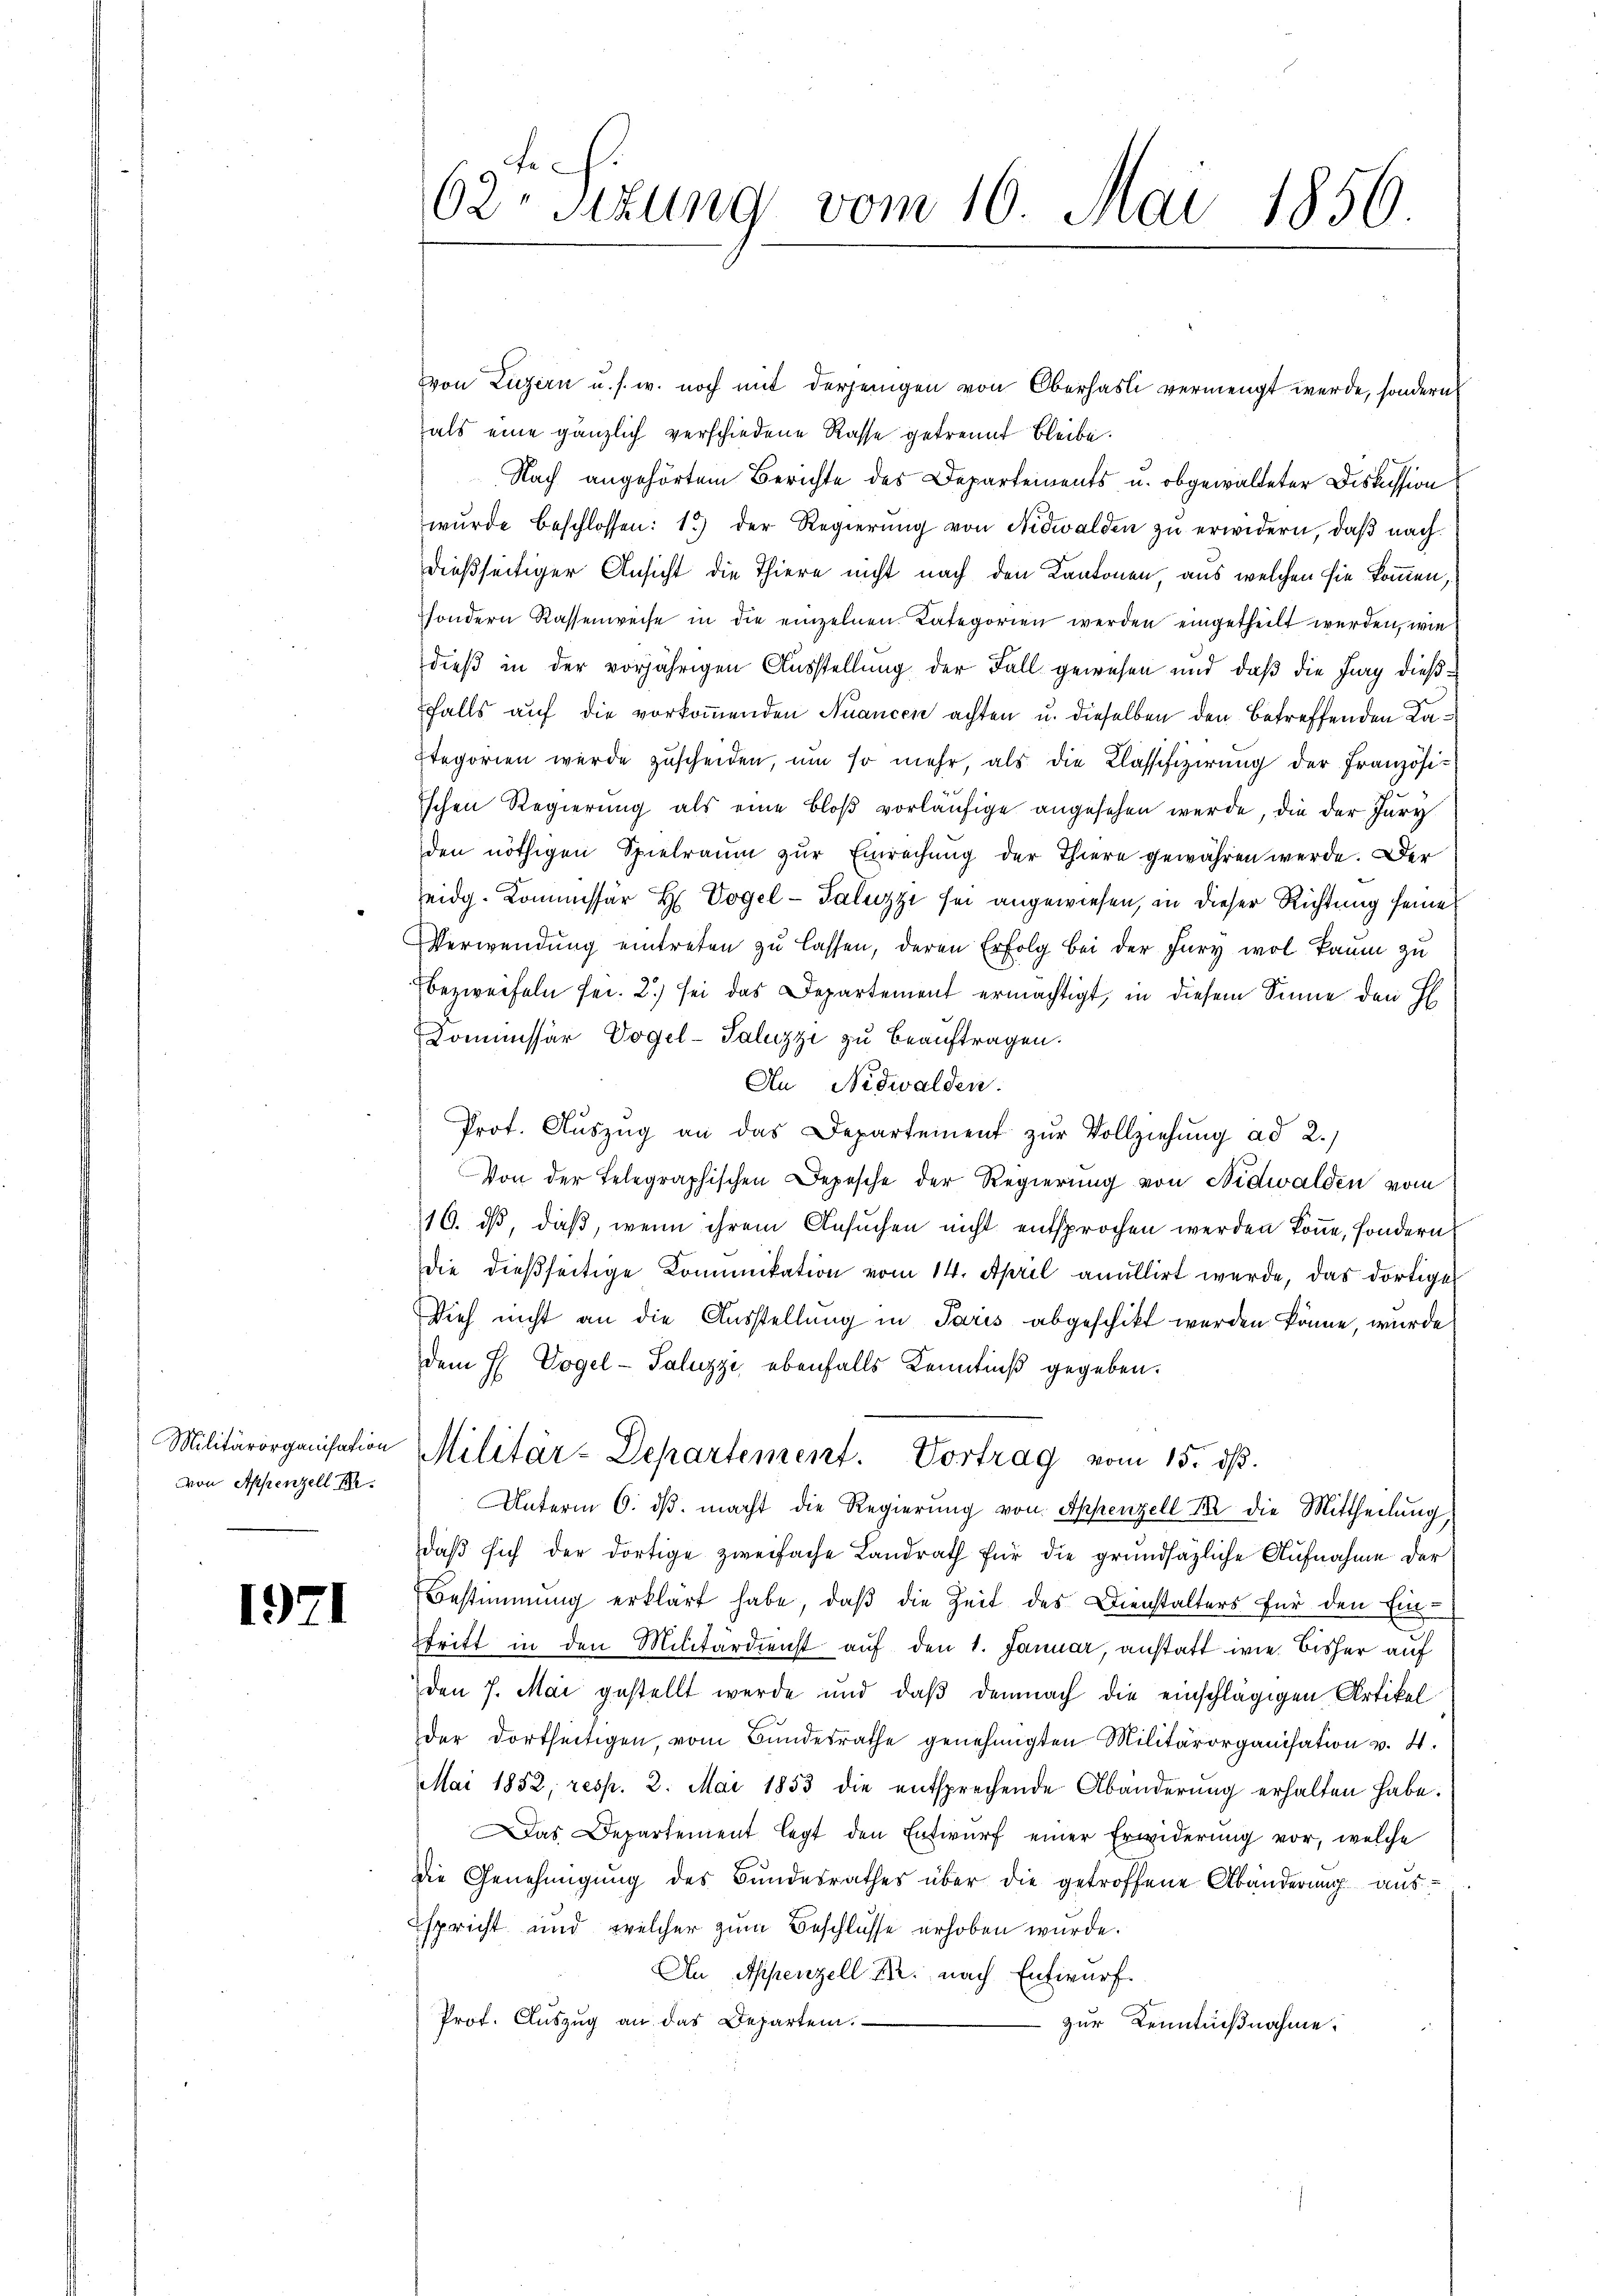
von Appenzell I.

1921

h.
62. Sekung vom 10. Mai 1856.

von Luzern u. s. w. noch mit derjenigen von Oberhasli vermengt werde, sondern
als eine gänzlich verschiedene Rasse getrennt bleibe.
Nach angehörtem Berichte des Departements u. obgewalteter Diskussion
wŭrde beschlossen: 1) der Regierŭng von Nidwalden zŭ erwidern, daβ nach
dießseitiger Ansicht die Thiere nicht nach den Kantonen, aus welchen sie kommen,
sondern Rassenweise in die einzelnen Kategorien werden eingetheilt werden, wie
dieß in der vorjährigen Ausstellung der Fall gewesen und daß die Juny dießfalls auf die vorkommenden Nuancen achten u. dieselben den betreffenden Ka¬
Etegorien wurde zuscheiden, um so mehr, als die Classifizierung der Französischen Regierung als eine bloß vorläufige angesehen werde, die der Jury
den nöthigen Spielraum zur Einrechung der Thiere gewähren werde. Der
eidg. Kommissär H. Vogel-Saluzzi sei angewiesen, in dieser Richtung seine
Verwendung eintreten zu lassen, deren Erfolg bei der Fury wol kaum zu
bezweifeln fei. 2) sei das Departement ermächtigt, in diesem Sinne den H
Kommissär Vogel-Saluzzi zu beauftragen.
An Nidwalden.
Prot. Aŭszŭg an das Departement zur Vollziehung ad 2.)
Von der Telegraphischen Depesche der Regierung von Nidwalden vom
16. ds, daß, wenn ihrem Ansuchen nicht entsprochen werden könne, sondern
die dießseitige Kommikation vom 14. April anullirt werde, das dortige
Dieh nicht an die Ausstellung in Paris abgeschikt werden könne, wurde
dem H. Vogel-Saluzzi ebenfalls Kenntniß gegeben.
Militärorganisation Militär-Departement. Vortrag vom 15. dβ.
Unterm 6. dβ. macht die Regierung von Appenzell Er die Mittheilung
daβ sich der dortige zweifache Landrath für die grundsätzliche Aufnahme der
Bestimmung erklärt habe, daß die Zeit des Dienstalters für den Eintritt in den Militärdienst auf den 1. Januar, anstatt wie bisher auf
den 7. Mai gestellt werde und daβ demnach die einschlägigen Artikel
der dortseitigen, vom Bundesrathe genehmigten Militärorganisation v. 4.
Mai 1852, resp. 2. Mai 1853 die entsprechende Abänderung erhalten habe.
Das Departement legt den Entwurf einer Erwiderung vor, welche
die Genehmigung des Bundesrathes über die getroffene Abänderung ausspricht und welcher zum Beschlüsse erhoben wurde.
An Appenzell Fr. nach Entwurf.
Prof. Auszug an das Departen.
zur Kenntnißnahme.